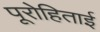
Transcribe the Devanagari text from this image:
पूरोहिताई